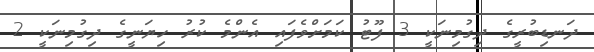
ދަނޑިބުރީގެ ދިގުމިނަކީ 3 ފޫޓު ކަމަށްވެފައި އެންމެ ކުރު ހިޔަނީގެ ދިގުމިނަކީ 2